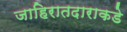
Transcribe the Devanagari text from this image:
जाहिरातदाराकडे